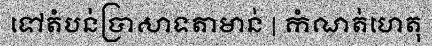
ទៅតំបន់ប្រាសាទតាមាន់ | កំណត់ហេតុ